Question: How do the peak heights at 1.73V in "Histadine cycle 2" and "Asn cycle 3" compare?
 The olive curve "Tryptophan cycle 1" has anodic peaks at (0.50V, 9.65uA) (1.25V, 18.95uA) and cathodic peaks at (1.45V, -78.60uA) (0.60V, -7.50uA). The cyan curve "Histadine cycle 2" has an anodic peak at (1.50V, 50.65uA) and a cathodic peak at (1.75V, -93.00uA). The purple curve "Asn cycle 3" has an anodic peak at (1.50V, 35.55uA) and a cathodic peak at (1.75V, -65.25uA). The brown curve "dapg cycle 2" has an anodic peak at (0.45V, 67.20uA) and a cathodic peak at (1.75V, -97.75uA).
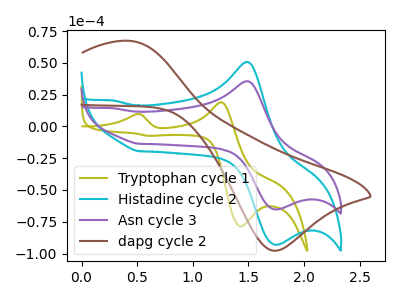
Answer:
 <answer>The peak at 1.73V is higher in "Histadine cycle 2" than in "Asn cycle 3".</answer>
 <eval>higher</eval>